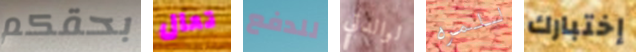
بحقكم تعال للدفع لوالدتي للمره إختبارك